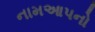
નામઆપનો